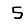
Digit: 5